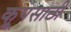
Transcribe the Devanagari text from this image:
क्रूपसाठी